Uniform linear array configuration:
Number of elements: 8
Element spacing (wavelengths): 0.25
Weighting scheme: hann
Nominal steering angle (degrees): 45
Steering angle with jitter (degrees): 45.587
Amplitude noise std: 0.05
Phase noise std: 0.05

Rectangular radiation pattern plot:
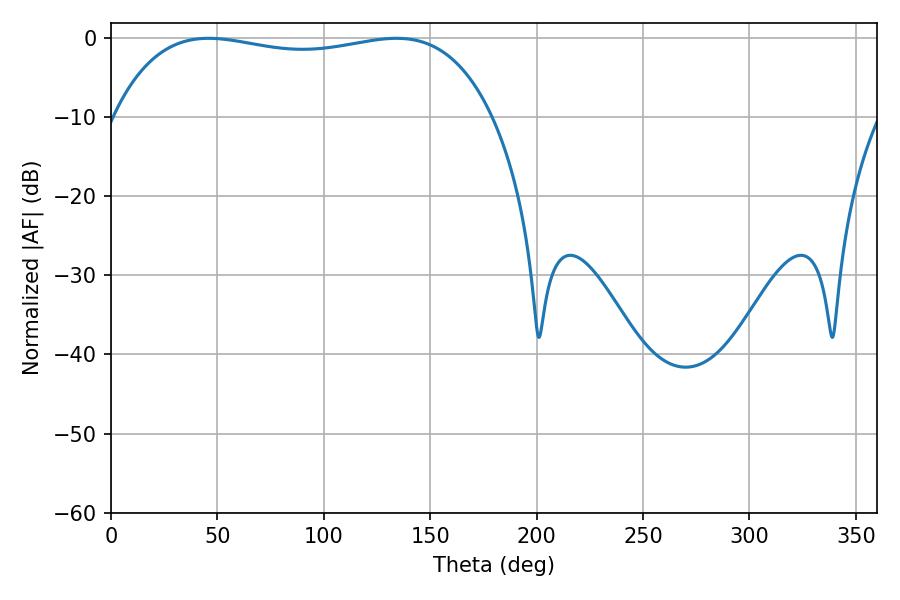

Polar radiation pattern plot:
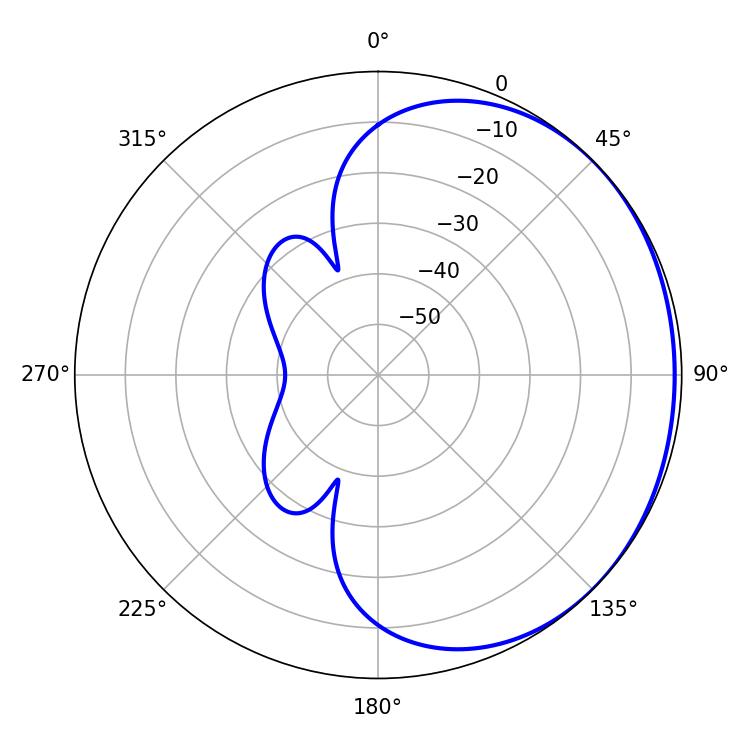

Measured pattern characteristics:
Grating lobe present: FALSE
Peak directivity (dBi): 0.8603
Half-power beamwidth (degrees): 143.64
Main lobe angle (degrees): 45.9